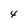
Character: 4